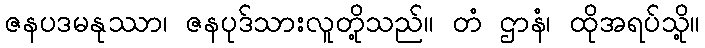
ဇနပဒမနုဿာ၊ ဇနပုဒ်သားလူတို့သည်။ တံ ဌာနံ၊ ထိုအရပ်သို့။